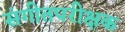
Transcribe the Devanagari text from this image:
संगीतपरीक्षक